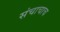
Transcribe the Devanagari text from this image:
संचाचाच